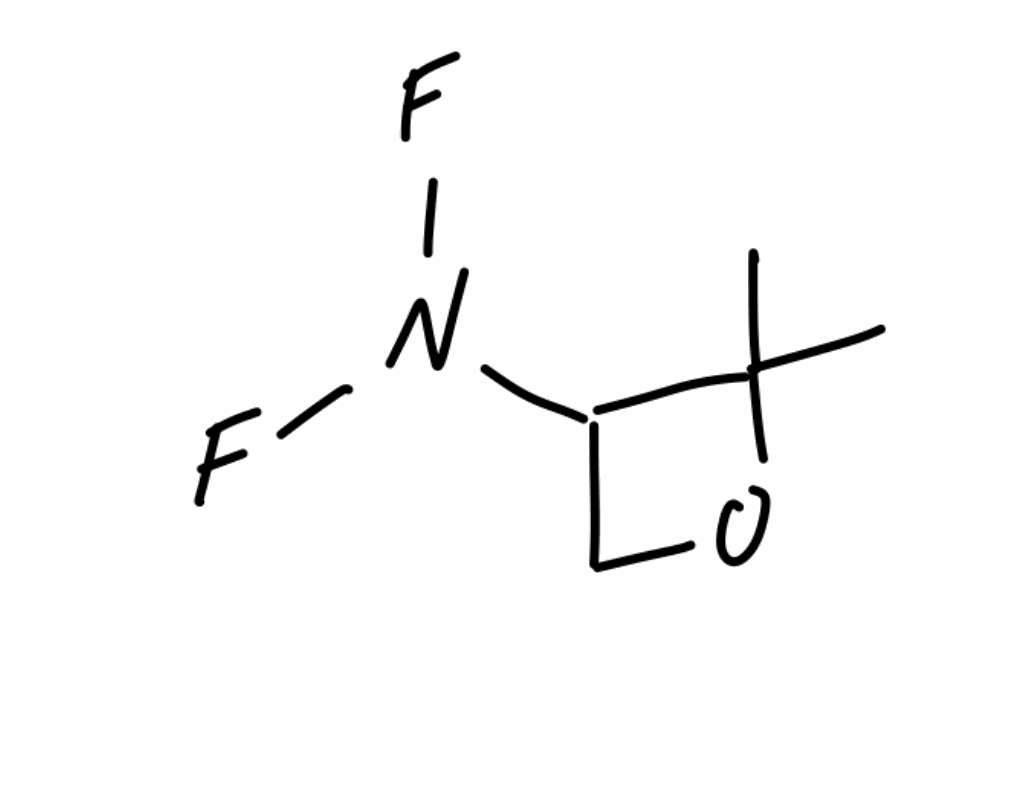
Simplified molecular-input line-entry system (SMILES) notation of the given molecule:
CC1(C(CO1)N(F)F)C